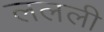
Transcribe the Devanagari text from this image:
ललली